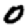
Digit: 0